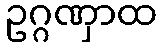
ဥဂ္ဂဏှာထ